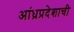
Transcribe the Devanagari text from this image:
आंध्रप्रदेशाची